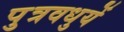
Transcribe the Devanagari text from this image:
पुत्रवधुयें